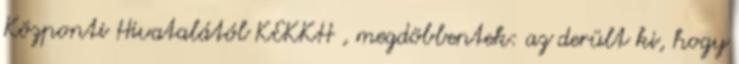
Központi Hivatalától KEKKH , megdöbbentek: az derült ki, hogy